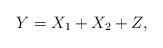
LaTeX: \begin{align*}Y=X_1+X_2 +Z,\end{align*}